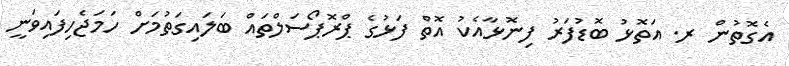
އެގޮތުން ރ. އަތޮޅު ބޮޑުފަރު ފިނޮޅާއެކު އޮތް ފަޅުގެ ޕްރޮޕޯސަލްތައް ބަލައިގަތުމަށް ހަމަޖެހިފައިވަނީ